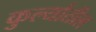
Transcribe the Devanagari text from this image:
कुर्ल्यातील